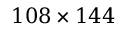
1 0 8 \times 1 4 4